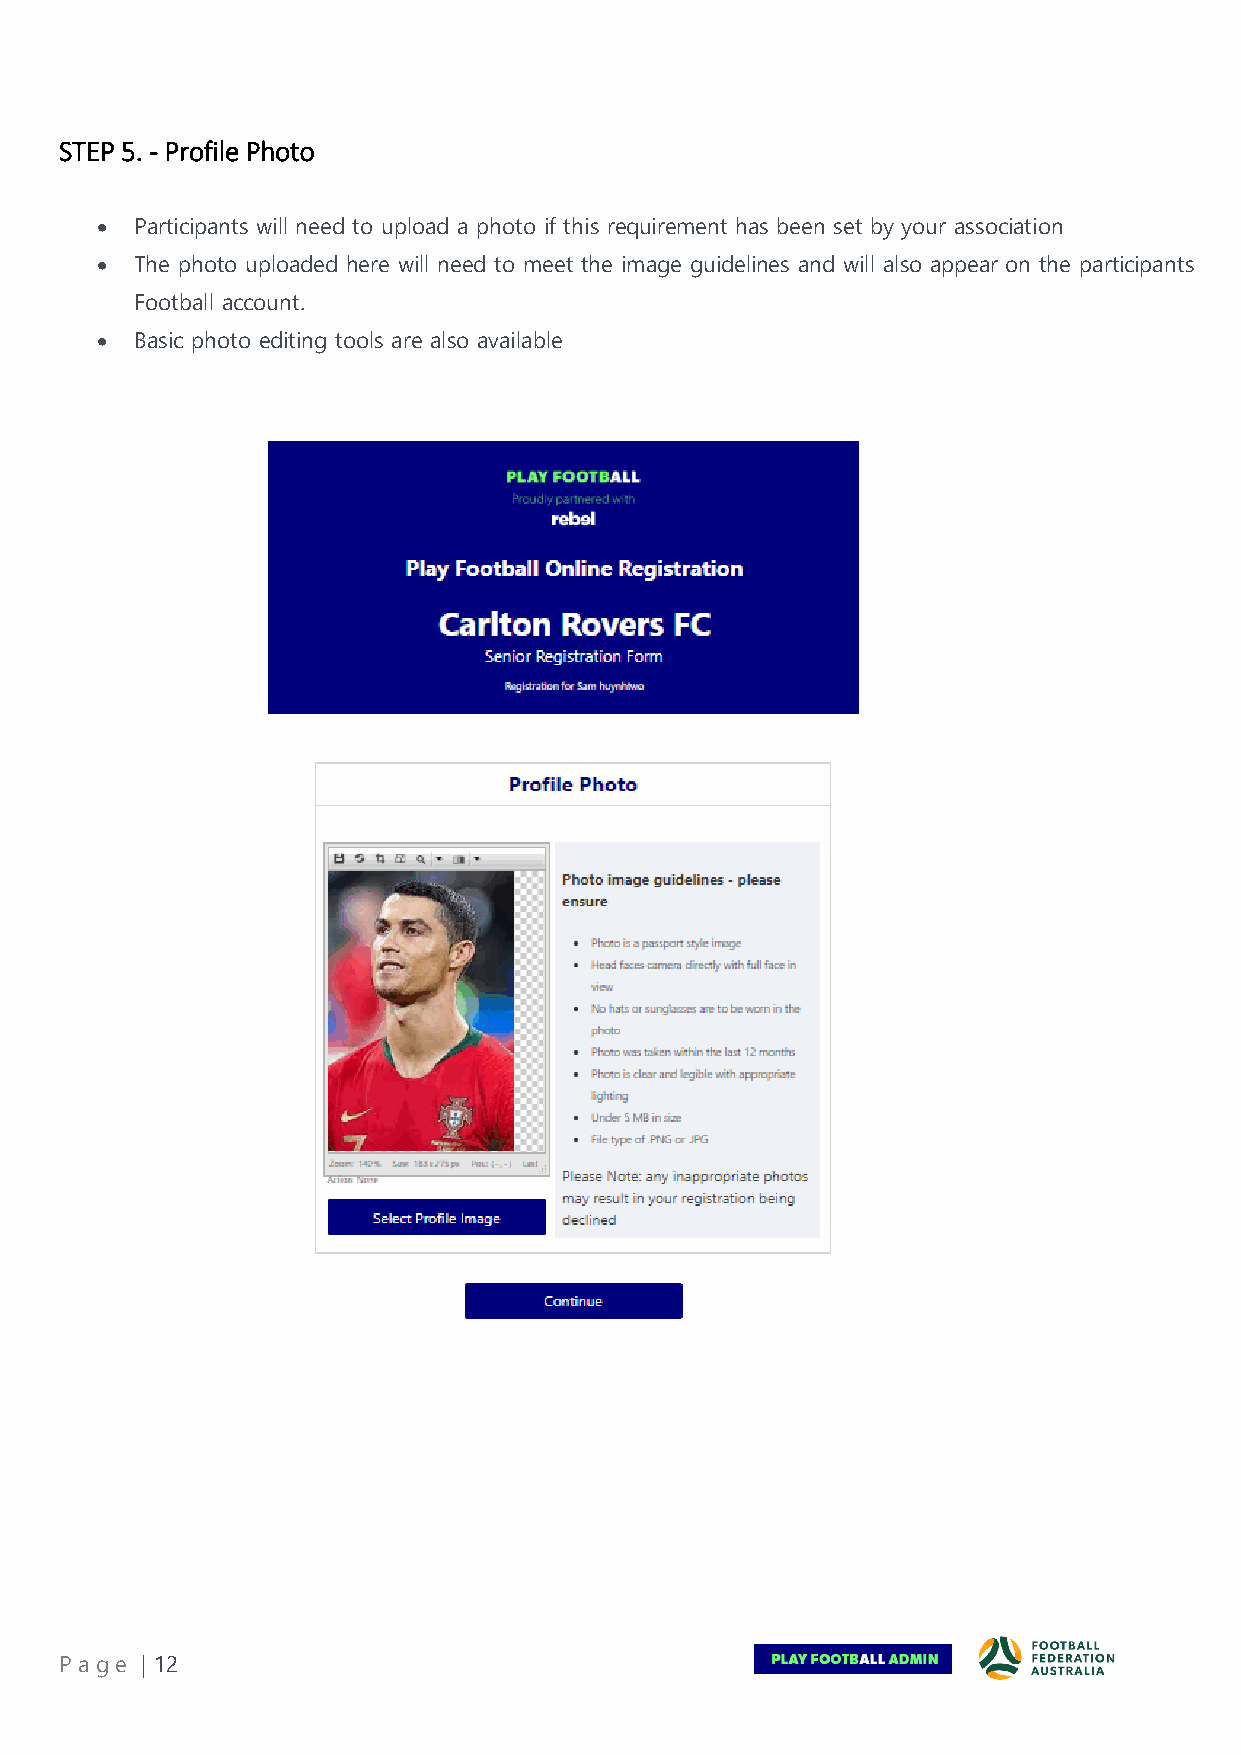
STEP 5. - Profile Photo
 •  Participants will need to upload a photo if this requirement has been set by your association
 •  The photo uploaded here will need to meet the image guidelines and will also appear on the participants
 Football account.
 •  Basic photo editing tools are also available
 Pa ge | 12